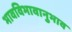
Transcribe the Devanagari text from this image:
भावविभावानुभाव